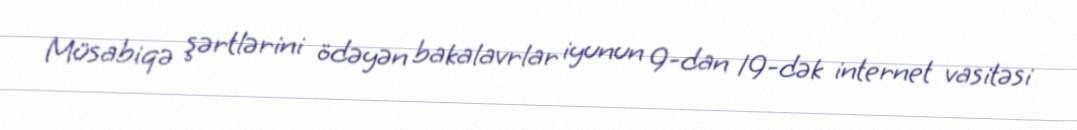
Müsabiqə şərtlərini ödəyən bakalavrlar iyunun 9-dan 19-dək internet vasitəsi